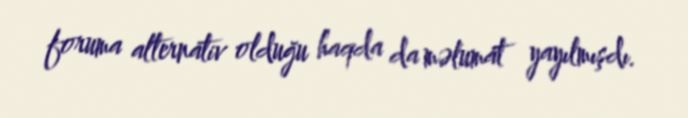
foruma alternativ olduğu haqda da məlumat yayılmışdı.